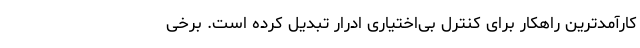
کارآمدترین راهکار برای کنترل بی‌اختیاری ادرار تبدیل کرده است. برخی